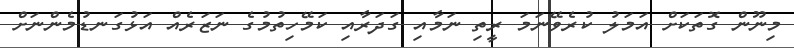
މިނޫން ގޮތަކަށް އަމަލު ކުރެވޭނަމަ ރީތި ނަމާއި ގަދަރާއި ކަމޭހިތުމުގެ ނަޒަރެއް އަޅުގަނޑުމެންނަށް